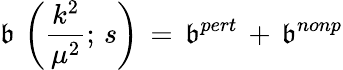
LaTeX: \mathfrak{b}\, \left(\frac{{k^{2}}}{{\mu^{2}}};\, s\right)\, =\, \mathfrak{b}^{pert}\, +\, \mathfrak{b}^{nonp}